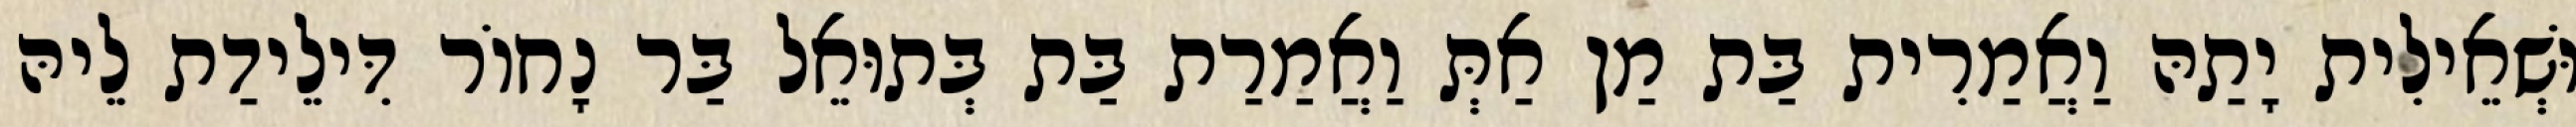
וּשְׁאֵילִית יָתַהּ וַאֲמַרִית בַּת מַן אַתְּ וַאֲמַרַת בַּת בְּתוּאֵל בַּר נָחוֹר דִּילֵידַת לֵיהּ